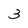
Character: 3